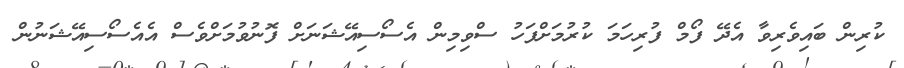
ކުރިން ބައިވެރިވާ އެދޭ ފޯމް ފުރިހަމަ ކުރުމަށްފަހު ސްވިމިން އެސޯސިއޭޝަނަށް ފޮނުވުމަށްވެސް އެއެސޯސިއޭޝަނުން